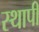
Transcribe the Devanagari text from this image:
स्थापी